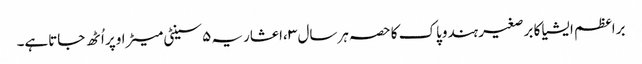
براعظم ایشیا کا برصغیر ہندوپاک کا حصہ ہرسال ۳ ،اعشاریہ ۵سینٹی میٹراوپر اُٹھ جاتاہے۔